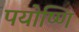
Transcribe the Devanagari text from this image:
पयोष्णि